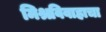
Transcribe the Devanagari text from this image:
मिश्रविवाहाचा